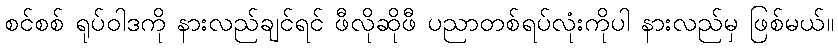
စင်စစ် ရုပ်ဝါဒကို နားလည်ချင်ရင် ဖီလိုဆိုဖီ ပညာတစ်ရပ်လုံးကိုပါ နားလည်မှ ဖြစ်မယ်။